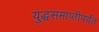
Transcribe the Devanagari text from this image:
युद्धसमाप्तीपर्यंत